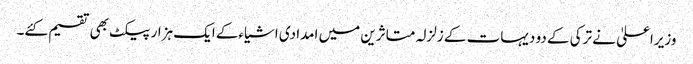
وزیراعلیٰ نے ترکی کے دو دیہات کے زلزلہ متاثرین میں امدادی اشیاءکے ایک ہزار پیکٹ بھی تقسیم کئے۔